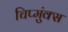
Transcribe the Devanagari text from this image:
चिप्मुंक्स